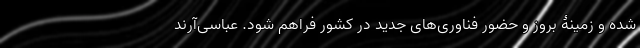
شده و زمینۀ بروز و حضور فناوری‌های جدید در کشور فراهم شود. عباسی‌آرند